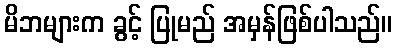
မိဘများက ခွင့် ပြုမည် အမှန်ဖြစ်ပါသည်။